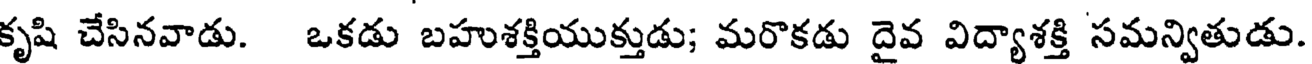
కృషి చేసినవాడు. ఒకడు బహుశక్తియుక్తుడు; మరొకడు దైవ విద్యాశక్తి సమన్వితుడు.